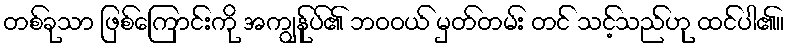
တစ်ခုသာ ဖြစ်ကြောင်းကို အကျွန်ုပ်၏ ဘဝဝယ် မှတ်တမ်း တင် သင့်သည်ဟု ထင်ပါ၏။